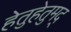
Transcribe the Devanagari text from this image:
हेतुहेतुमद्